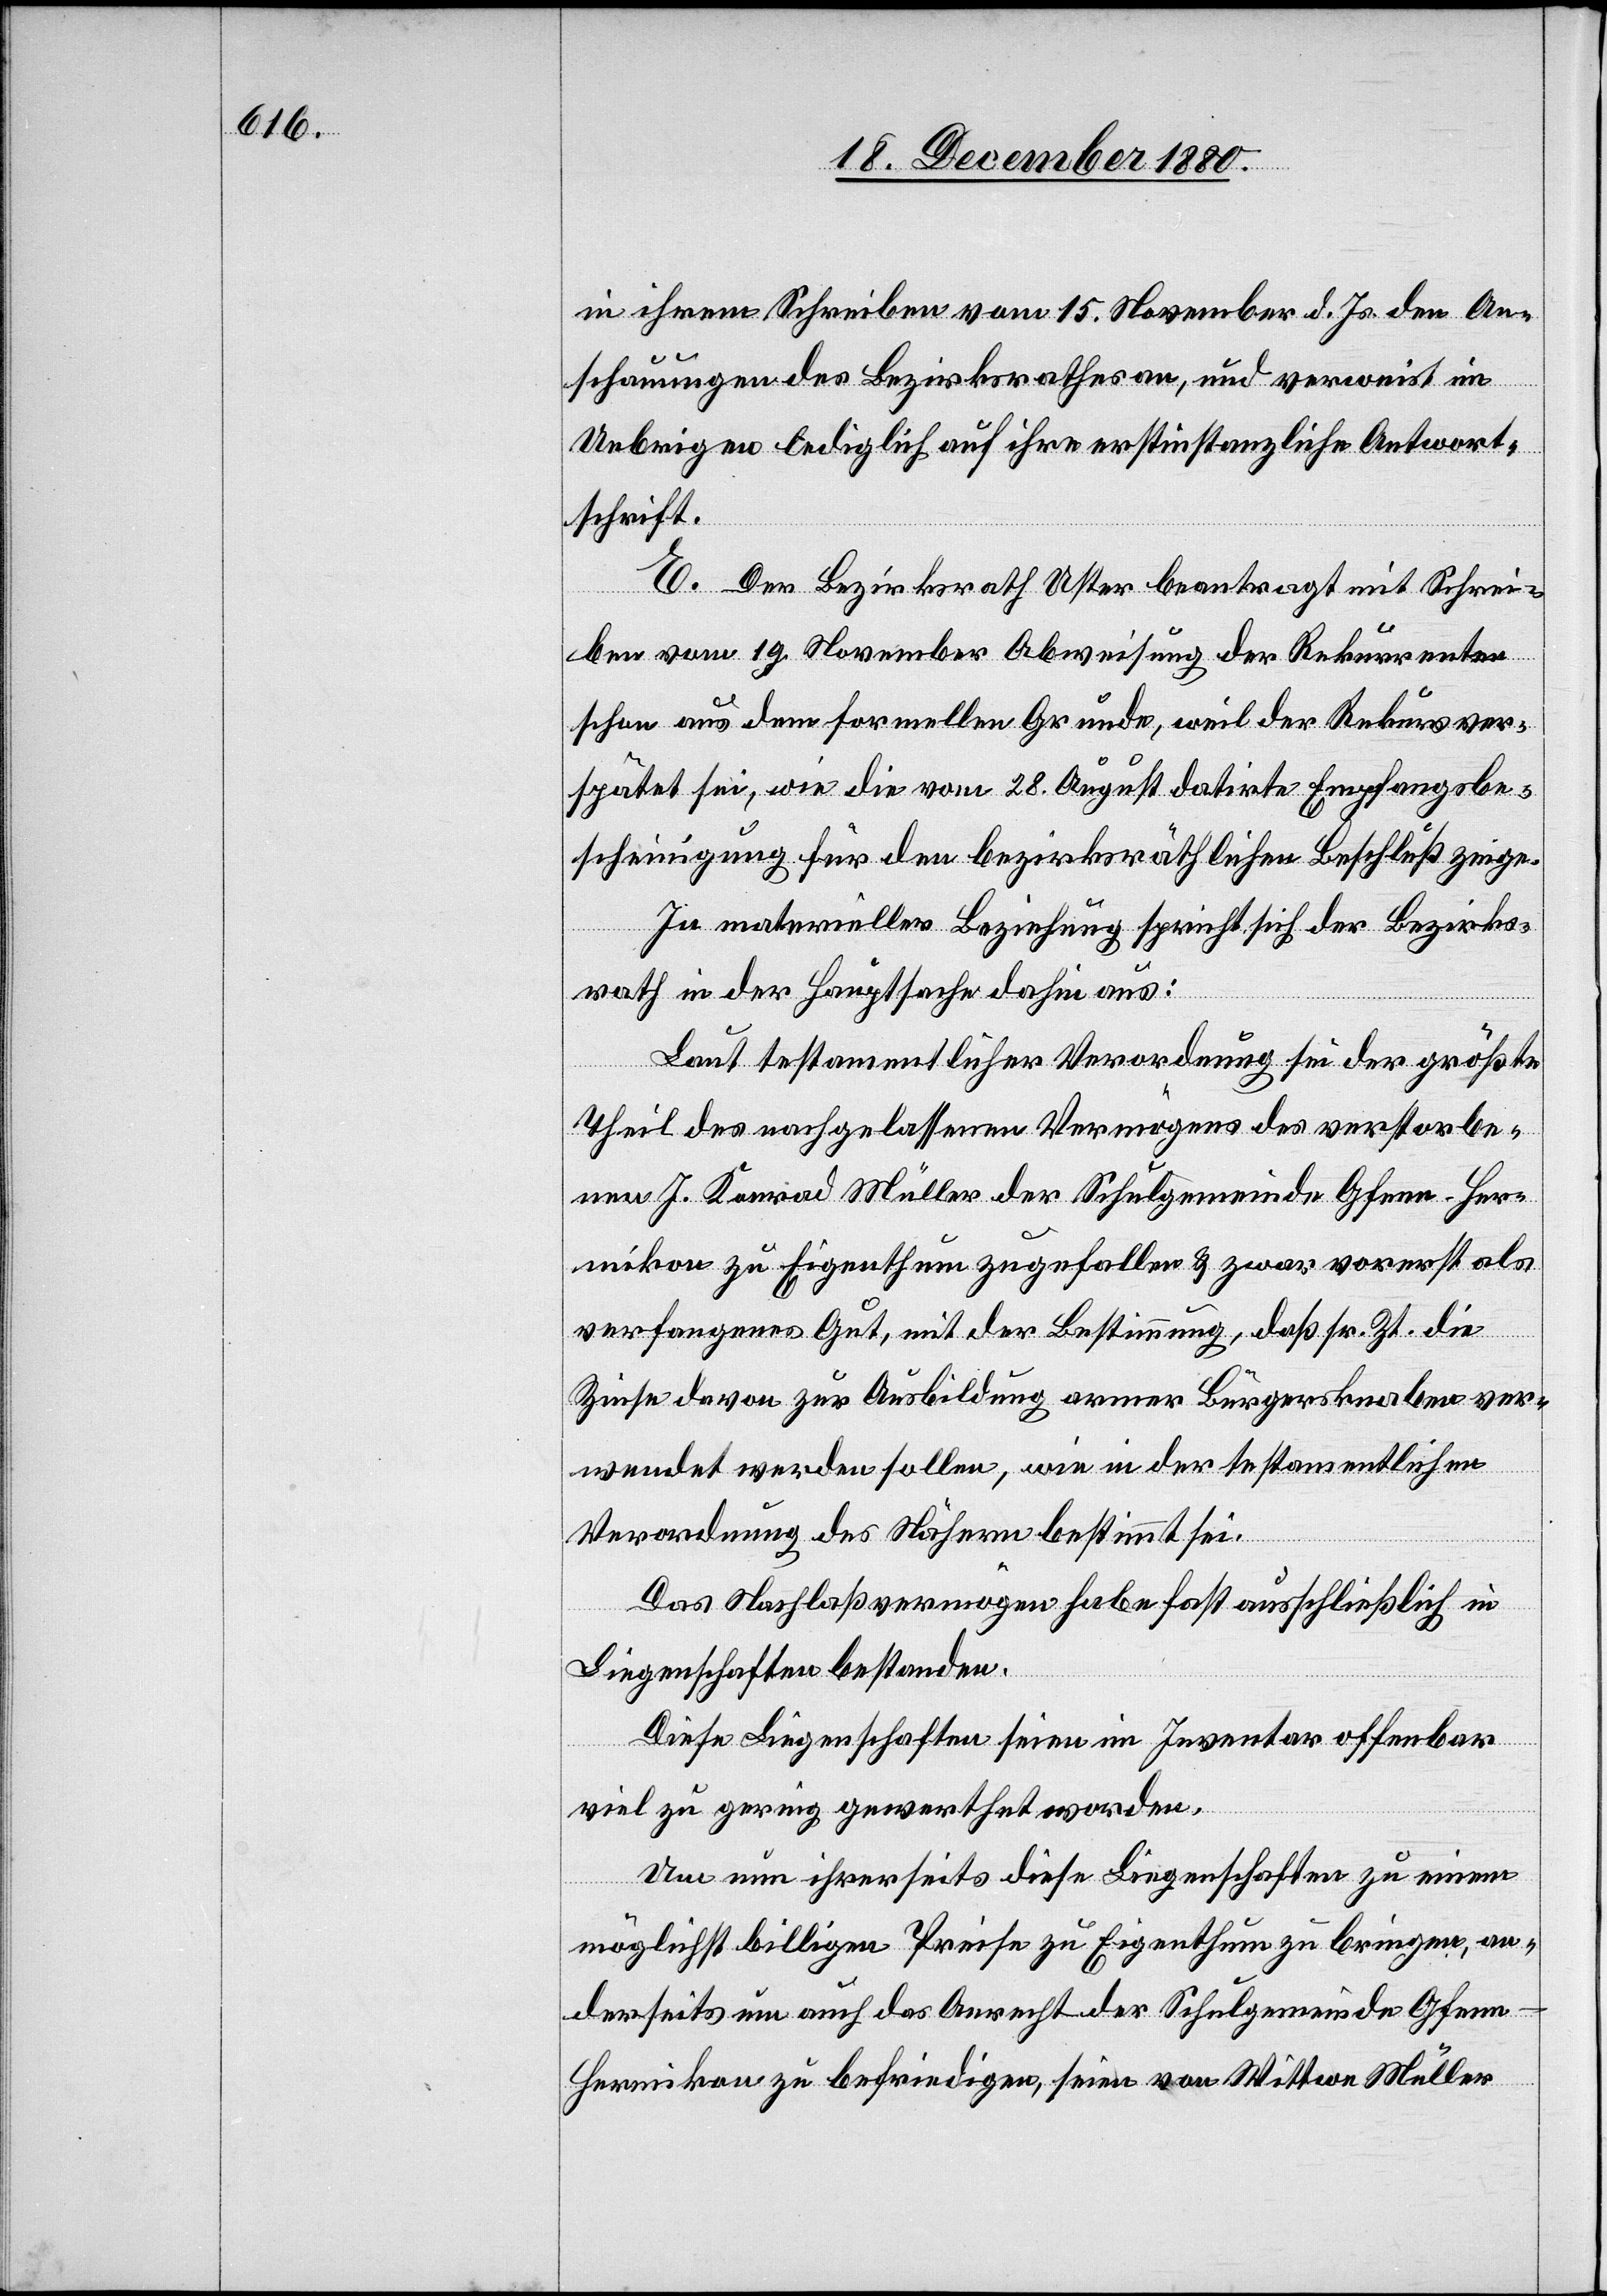
in ihrem Schreiben vom 15. November d. Js. den An¬
schauungen des Bezirksrathes an, und verweist im
Uebrigen lediglich auf ihre erstinstanzliche Antwort¬
schrift.
E. Der Bezirksrath Uster beantragt mit Schrei¬
ben vom 19. November Abweisung der Rekurrenten
schon aus dem formellen Grunde, weil der Rekurs ver¬
spätet sei, wie die vom 28. August datirte Empfangsbe¬
scheinigung für den bezirksräthlichen Beschluß zeige.
In materieller Beziehung spricht sich der Bezirks¬
rath in der Hauptsache dahin aus:
Laut testamentlicher Verordnung sei der größte
Theil des nachgelassenen Vermögens des verstorbe¬
nen J. Konrad Müller der Schulgemeinde Gfenn - Her¬
mikon zu Eigenthum zugefallen & zwar vorerst als
verfangenes Gut, mit der Bestimmung, daß sr. Zt. die
Zinse[n] davon zur Ausbildung armer Bürgerknaben ver¬
wendet werden sollen, wie in der testamentlichen
Verordnung des Nähern bestimmt sei.
Das Nachlaßvermögen habe fast ausschließlich in
Liegenschaften bestanden.
Diese Liegenschaften seien im Inventar offenbar
viel zu gering gewerthet worden.
Um nun ihrerseits diese Liegenschaften zu einem
möglichst billigen Preise zu Eigenthum zu bringen, an¬
derseits um auch das Anrecht der Schulgemeinde Gfenn
Hermikon zu befriedigen, seien von Wittwe Müller